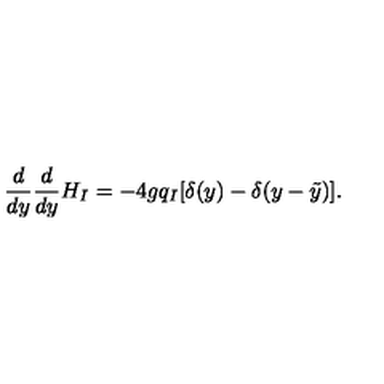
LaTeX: { \frac { d } { d y } } { \frac { d } { d y } } H _ { I } = - 4 g q _ { I } [ \delta ( y ) - \delta ( y - \tilde { y } ) ] .